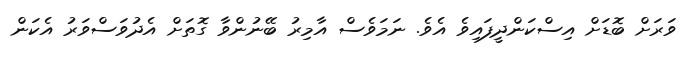
ވަރަަށް ބޮޑަށް އިސްކަންދީފައިވެ އެވެ. ނަމަވެސް އާމިރު ބޭނުންވާ ގޮތަށް އެދުވަސްވަރު އެކަން